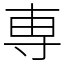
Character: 専